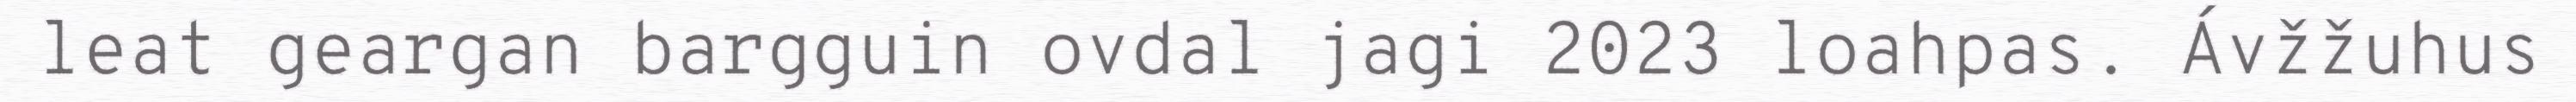
leat geargan bargguin ovdal jagi 2023 loahpas. Ávžžuhus